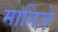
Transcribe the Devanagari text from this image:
मानिजे